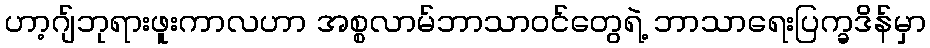
ဟာ့ဂျ်ဘုရားဖူးကာလဟာ အစ္စလာမ်ဘာသာဝင်တွေရဲ့ ဘာသာရေးပြက္ခဒိန်မှာ